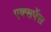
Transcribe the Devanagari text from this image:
एक्सपेंस